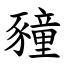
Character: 䝑